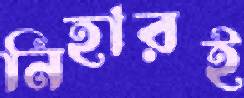
নিহারই